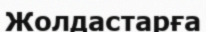
Жолдастарға